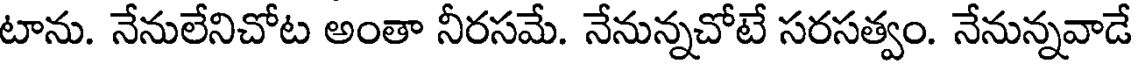
టాను. నేనులేనిచోట అంతా నీరసమే. నేనున్నచోటే సరసత్వం. నేనున్నవాడే